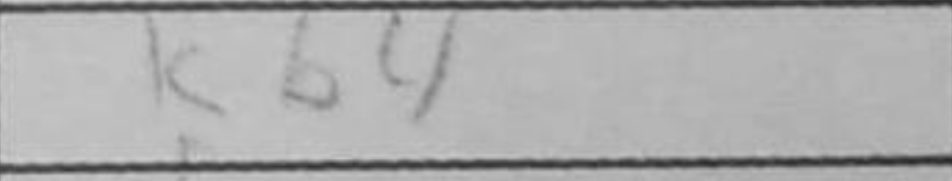
Transcription: Kb4